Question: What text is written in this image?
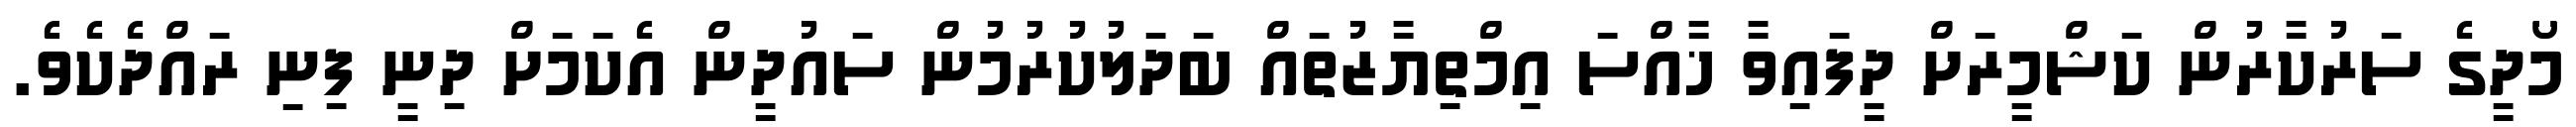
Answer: މޯދީގެ ސަރުކާރުން ކަޝްމީރަށް ދީފައިވާ ޚާއްސަ އިމްތިޔާޒުތައް ބަދަލުކުރުމުން ސައުދީން އެކަމަށް ދިނީ ފިނި ރައްދެކެވެ.